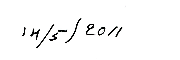
14/5/2011